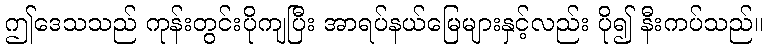
ဤဒေသသည် ကုန်းတွင်းပိုကျပြီး အာရပ်နယ်မြေများနှင့်လည်း ပို၍ နီးကပ်သည်။